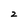
Character: 2